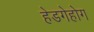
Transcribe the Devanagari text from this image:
हेडगेहोग